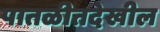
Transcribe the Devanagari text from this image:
पातळीतदेखील